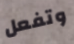
وتفعل